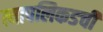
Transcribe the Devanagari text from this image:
त्यापलिकडची